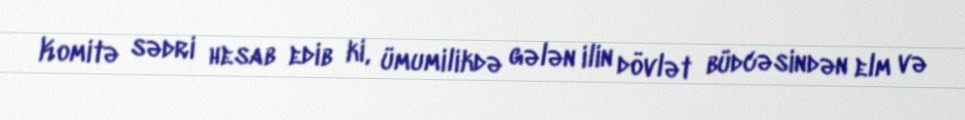
Komitə sədri hesab edib ki, ümumilikdə gələn ilin dövlət büdcəsindən elm və